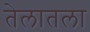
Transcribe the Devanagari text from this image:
तेलातला